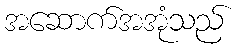
အဆောက်အအုံသည်